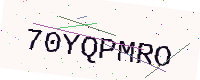
Text: 70YQPMRO